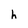
Character: h